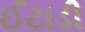
ઈટાડી